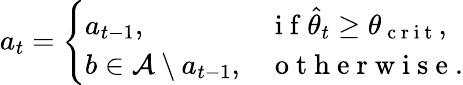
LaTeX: a_{t}=\left\{ \begin{array}{ll}{a_{t-1},\quad}&{\mathrm{~i~f~}\widehat{\theta}_{t}\geq\theta_{\mathrm{~c~r~i~t~}},}\\ {b\in\mathcal{A}\setminus a_{t-1},}&{\mathrm{~o~t~h~e~r~w~i~s~e~}.}\end{array}\right.